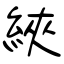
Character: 綊